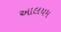
આલયમ